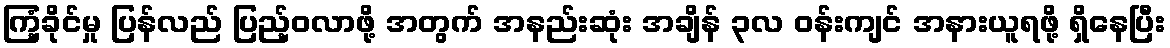
ကြံ့ခိုင်မှု ပြန်လည် ပြည့်ဝလာဖို့ အတွက် အနည်းဆုံး အချိန် ၃လ ဝန်းကျင် အနားယူရဖို့ ရှိနေပြီး